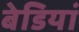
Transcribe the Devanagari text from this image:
बेडियां